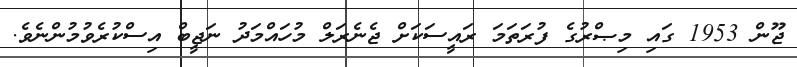
ޖޫން 1953 ގައި މިޞްރުގެ ފުރަތަމަ ރައީސަކަށް ޖެނެރަލް މުހައްމަދު ނަޖީބް އިސްކުރެވުމުންނެވެ.